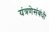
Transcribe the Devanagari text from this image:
यंत्रणेसंबंधी